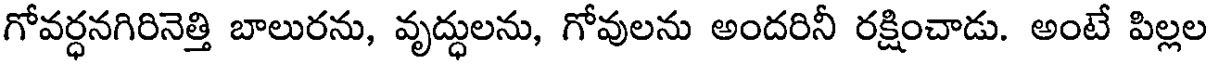
గోవర్ధనగిరినెత్తి బాలురను, వృద్ధులను, గోవులను అందరినీ రక్షించాడు. అంటే పిల్లల